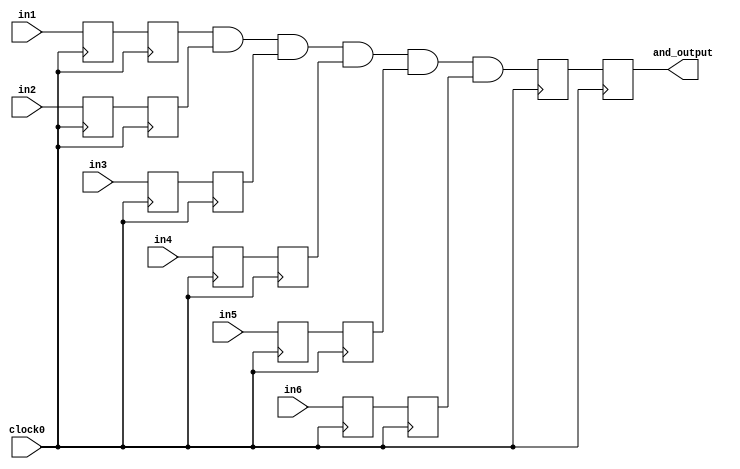
module reg2lut2reg
      (
    input clock0,
    input  in1,in2,in3,in4,in5,in6,
    output reg and_output
);

reg in1_reg,in2_reg,in3_reg,in4_reg,in5_reg,in6_reg;
reg in1_reg1, in2_reg1, in3_reg1, in4_reg1, in5_reg1, in6_reg1;
wire and1_o;
reg out_reg2;

always @(posedge clock0)
  begin
  	in1_reg <= in1;
  	in2_reg <= in2;
	in3_reg <= in3;
	in4_reg <= in4;
	in5_reg <= in5;
	in6_reg <= in6;
	
  end 


always @(posedge clock0)
  begin
     in1_reg1 <=   in1_reg; 
     in2_reg1 <=   in2_reg; 
     in3_reg1 <=   in3_reg; 
     in4_reg1 <=   in4_reg; 
     in5_reg1 <=   in5_reg; 
     in6_reg1 <=   in6_reg; 
  end 


assign and1_o = in1_reg1 & in2_reg1 & in3_reg1 & in4_reg1 & in5_reg1 & in6_reg1;

always @(posedge clock0)
 begin
  out_reg2 <= and1_o;
 end

always @(posedge clock0)
 begin
  and_output <= out_reg2;
 end

endmodule